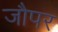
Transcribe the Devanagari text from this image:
जौपर